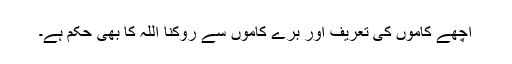
اچھے کاموں کی تعریف اور برے کاموں سے روکنا اللہ کا بھی حکم ہے۔